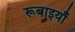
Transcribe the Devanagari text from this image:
रूबाइयाँ